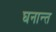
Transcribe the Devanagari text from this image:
घनान्त